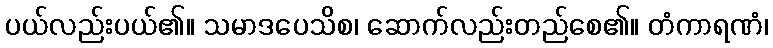
ပယ်လည်းပယ်၏။ သမာဒပေသိစ၊ ဆောက်လည်းတည်စေ၏။ တံကာရဏံ၊